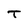
Character: T